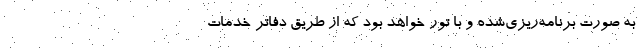
به صورت برنامه‌ریزی‌شده و با تور خواهد بود که از طریق دفاتر خدمات